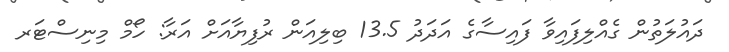
ދައުލަތުން ގެއްލިފައިވާ ފައިސާގެ އަދަދު 13.5 ބިލިއަން ރުފިޔާއަށް އަރާ: ހޯމް މިނިސްޓަރ